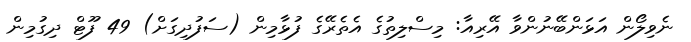
ނެވިލޯން އަޅަންބޭނުންވާ އޭރިއާ: މިސްލިތުގެ އެތެރޭގެ ފުޅާމިން (ސަފުދިގަށް) 49 ފޫޓް ދިގުމިން